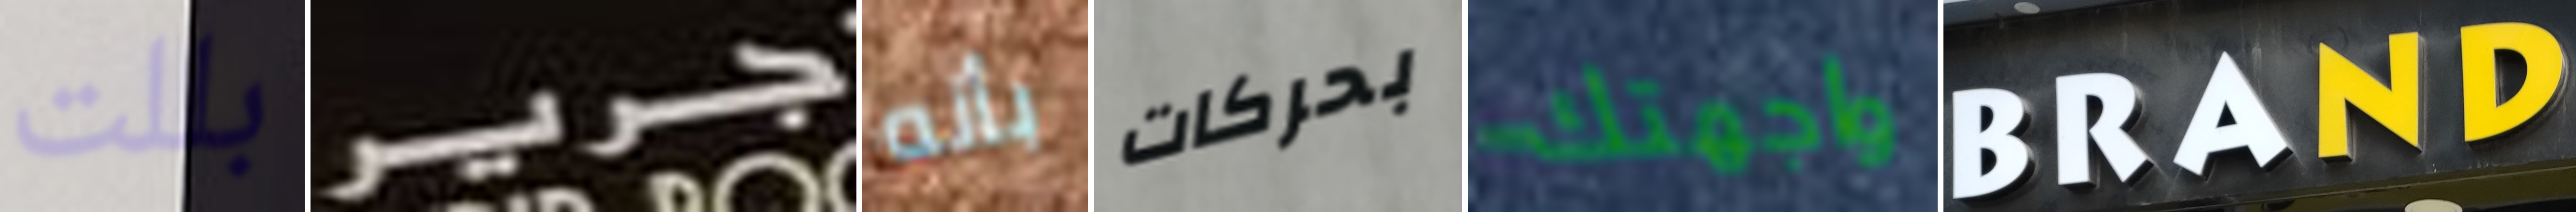
بللت جرير بأنه بحركات واجهتك BRAND